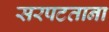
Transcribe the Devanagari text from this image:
सरपटताना